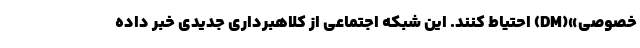
خصوصی»(DM) احتیاط کنند. این شبکه اجتماعی از کلاهبرداری جدیدی خبر داده